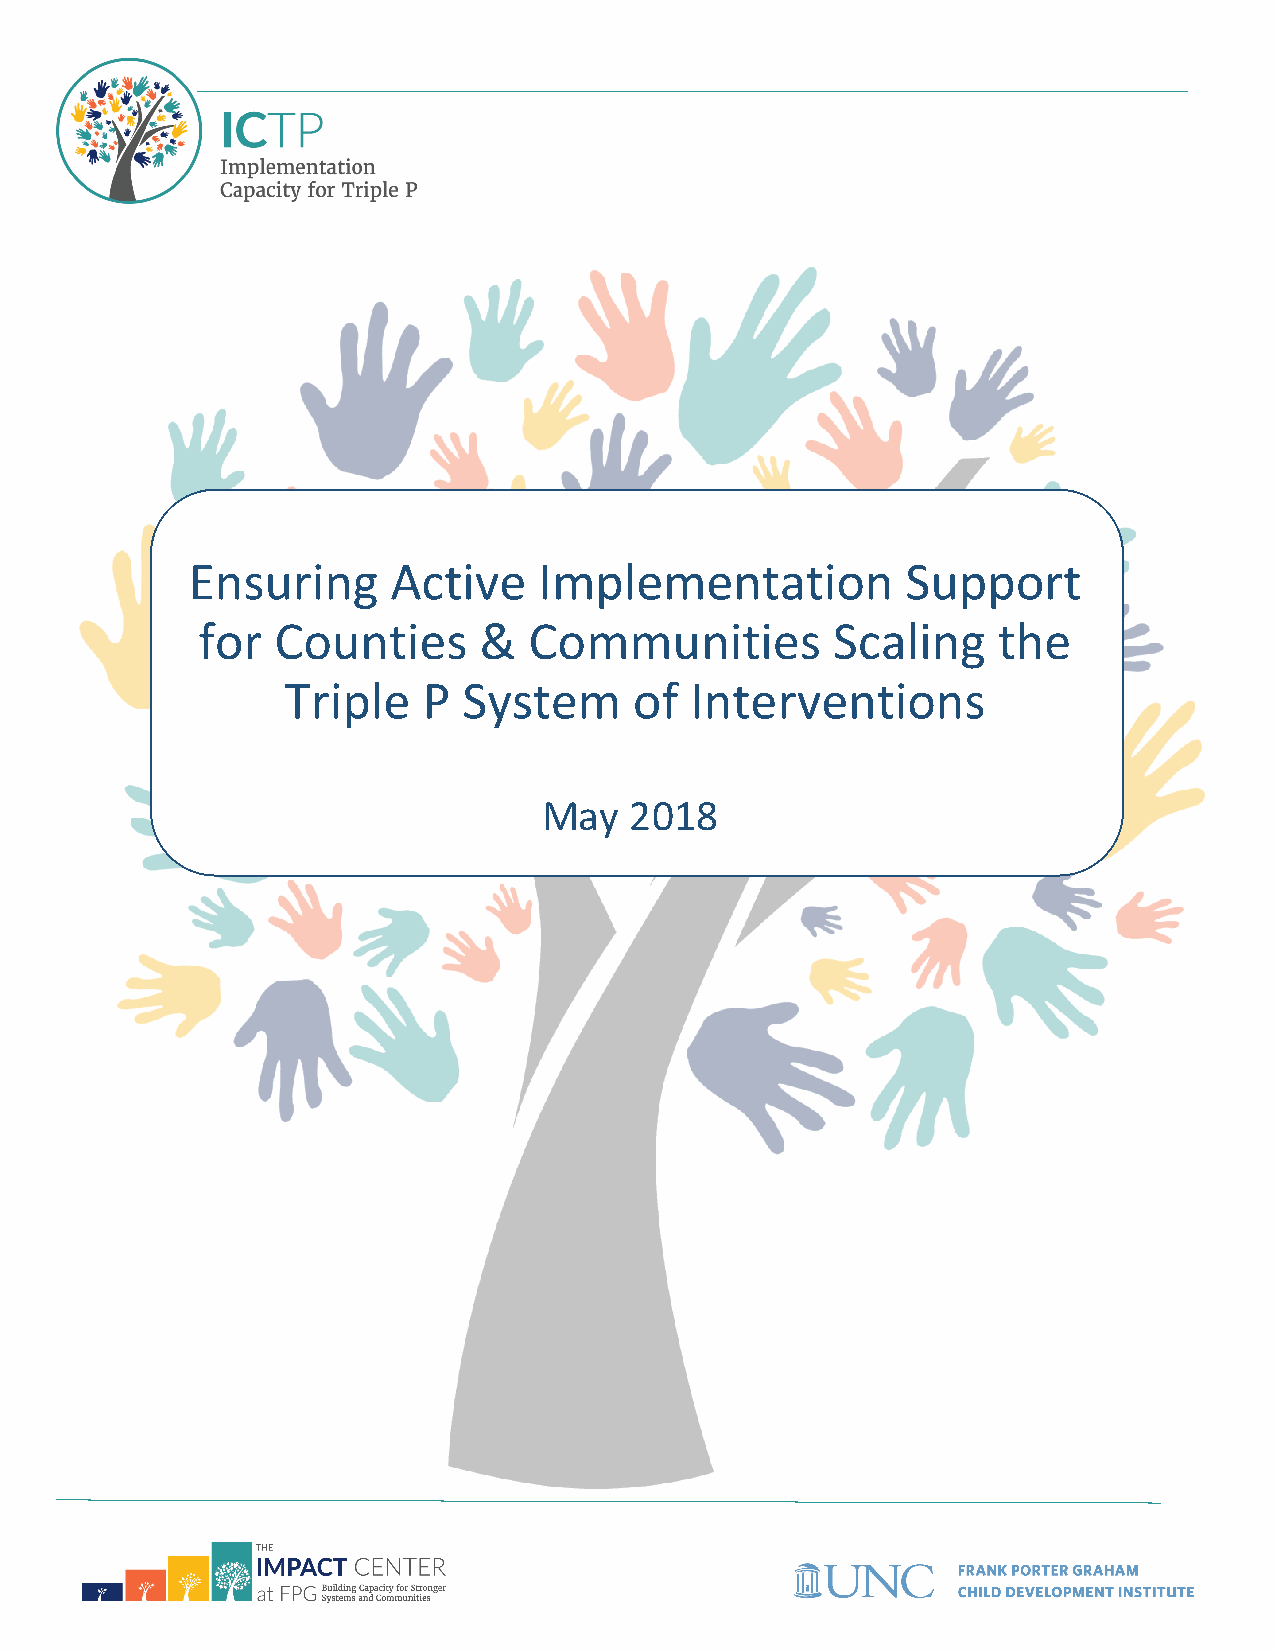
Ensuring      Active    Implementation          Support
 for  Counties      &  Communities         Scaling    the
 Triple   P  System     of  Interventions
 May   2018